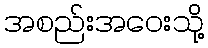
အစည်းအဝေးသို့